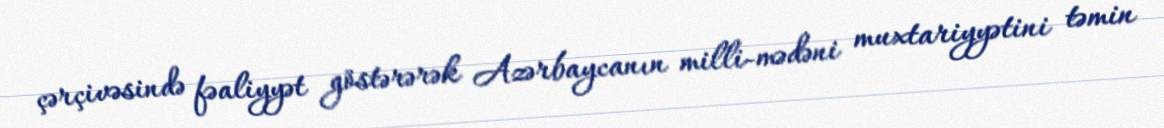
çərçivəsində fəaliyyət göstərərək Azərbaycanın milli-mədəni muxtariyyətini təmin